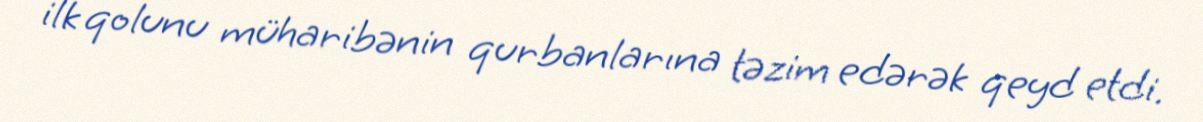
ilk qolunu müharibənin qurbanlarına təzim edərək qeyd etdi.